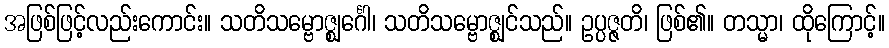
အဖြစ်ဖြင့်လည်းကောင်း။ သတိသမ္ဗောဇ္ဈင်္ဂေါ၊ သတိသမ္ဗောဇ္ဈင်သည်။ ဥပ္ပဇ္ဇတိ၊ ဖြစ်၏။ တသ္မာ၊ ထိုကြောင့်။